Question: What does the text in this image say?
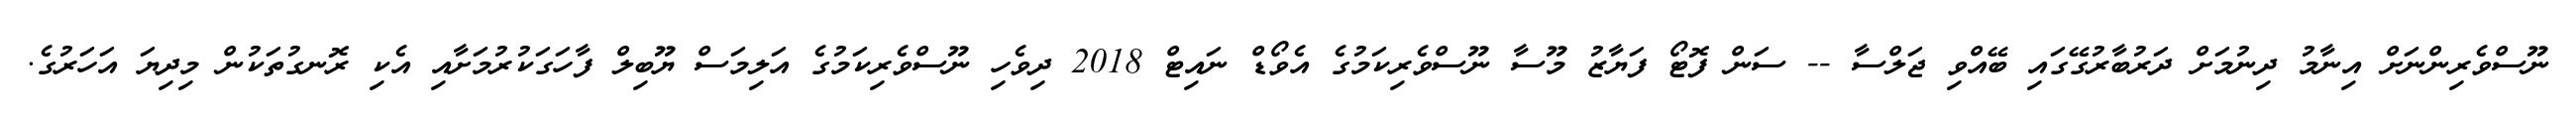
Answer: ނޫސްވެރިންނަށް އިނާމު ދިނުމަށް ދަރުބާރުގޭގައި ބޭއްވި ޖަލްސާ -- ސަން ފޮޓޯ ފަޔާޒު މޫސާ ނޫސްވެރިކަމުގެ އެވޯޑް ނައިޓް 2018 ދިވެހި ނޫސްވެރިކަމުގެ އަލިމަސް ޔޫބިލް ފާހަގަކުރުމަށާއި އެކި ރޮނގުތަކުން މިދިޔަ އަހަރުގެ.